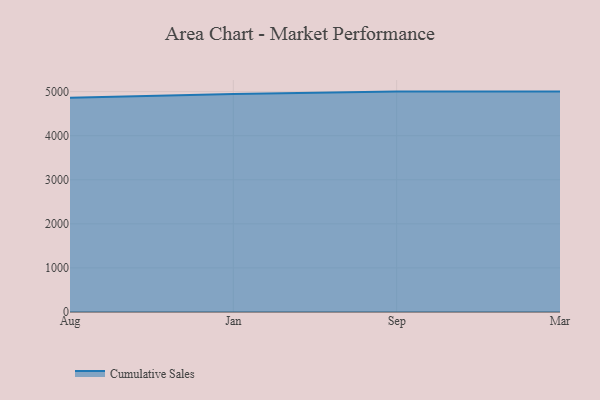
{"axis": {"x": "Month", "y": "Production Output"}, "legend": ["Cumulative Sales"], "data": [{"x": "Aug", "y": 4863.0, "type": "Cumulative Sales"}, {"x": "Jan", "y": 4943.3, "type": "Cumulative Sales"}, {"x": "Sep", "y": 5000, "type": "Cumulative Sales"}, {"x": "Mar", "y": 5000, "type": "Cumulative Sales"}]}